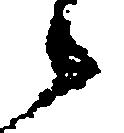
候